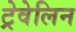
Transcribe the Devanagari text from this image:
ट्रेवेलिन